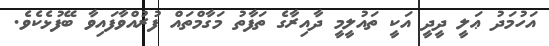
އަހުމަދު ޢަލީ ދީދީ އަކީ ތައުލީމީ ދާއިރާގެ ތަފާތު މަގާމްތައް ފުރުއްވާފައިވާ ބޭފުޅެކެވެ.